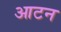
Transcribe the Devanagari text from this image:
आटन